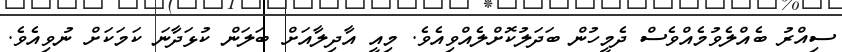
ސިއްރު ބެއްލެވުމެއްވެސް ދެމީހުން ބަދަލުކޮށްލެއްވިއެވެ. މިއީ އާދިލާއަށް ބަލަން ކުޅަދާނަ ކަމަކަށް ނުވިއެވެ.